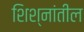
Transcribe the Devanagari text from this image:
शिश्नांतील